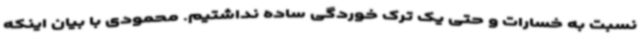
نسبت به خسارات و حتی یک ترک خوردگی ساده نداشتیم. محمودی با بیان اینکه